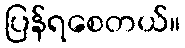
ပြန်ရစေတယ်။